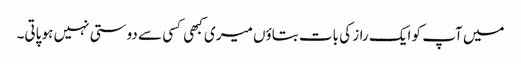
میں آپ کو ایک راز کی بات بتاؤں میری کبھی کسی سے دوستی نہیں ہو پاتی۔